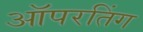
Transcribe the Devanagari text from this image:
ऑपरतिंग